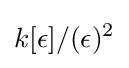
k[\epsilon ]/(\epsilon )^{2}